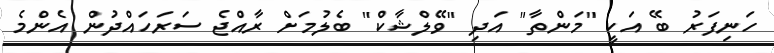
ހަނިފަރު ބޭ އަކީ "މަންތާ" އަދި "ވޭލްޝާކް" ބެލުމަށް ރާއްޖެ ސަރަހައްދުން އެންމެ